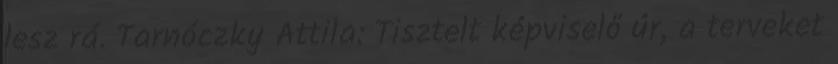
lesz rá. Tarnóczky Attila: Tisztelt képviselő úr, a terveket